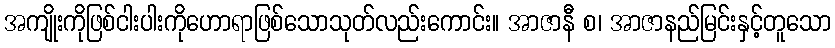
အကျိုးကိုဖြစ်ငါးပါးကိုဟောရာဖြစ်သောသုတ်လည်းကောင်း။ အာဇာနီ စ၊ အာဇာနည်မြင်းနှင့်တူသော